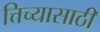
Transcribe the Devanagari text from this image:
त्तिच्यासाठी